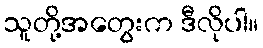
သူတို့အတွေးက ဒီလိုပါ။